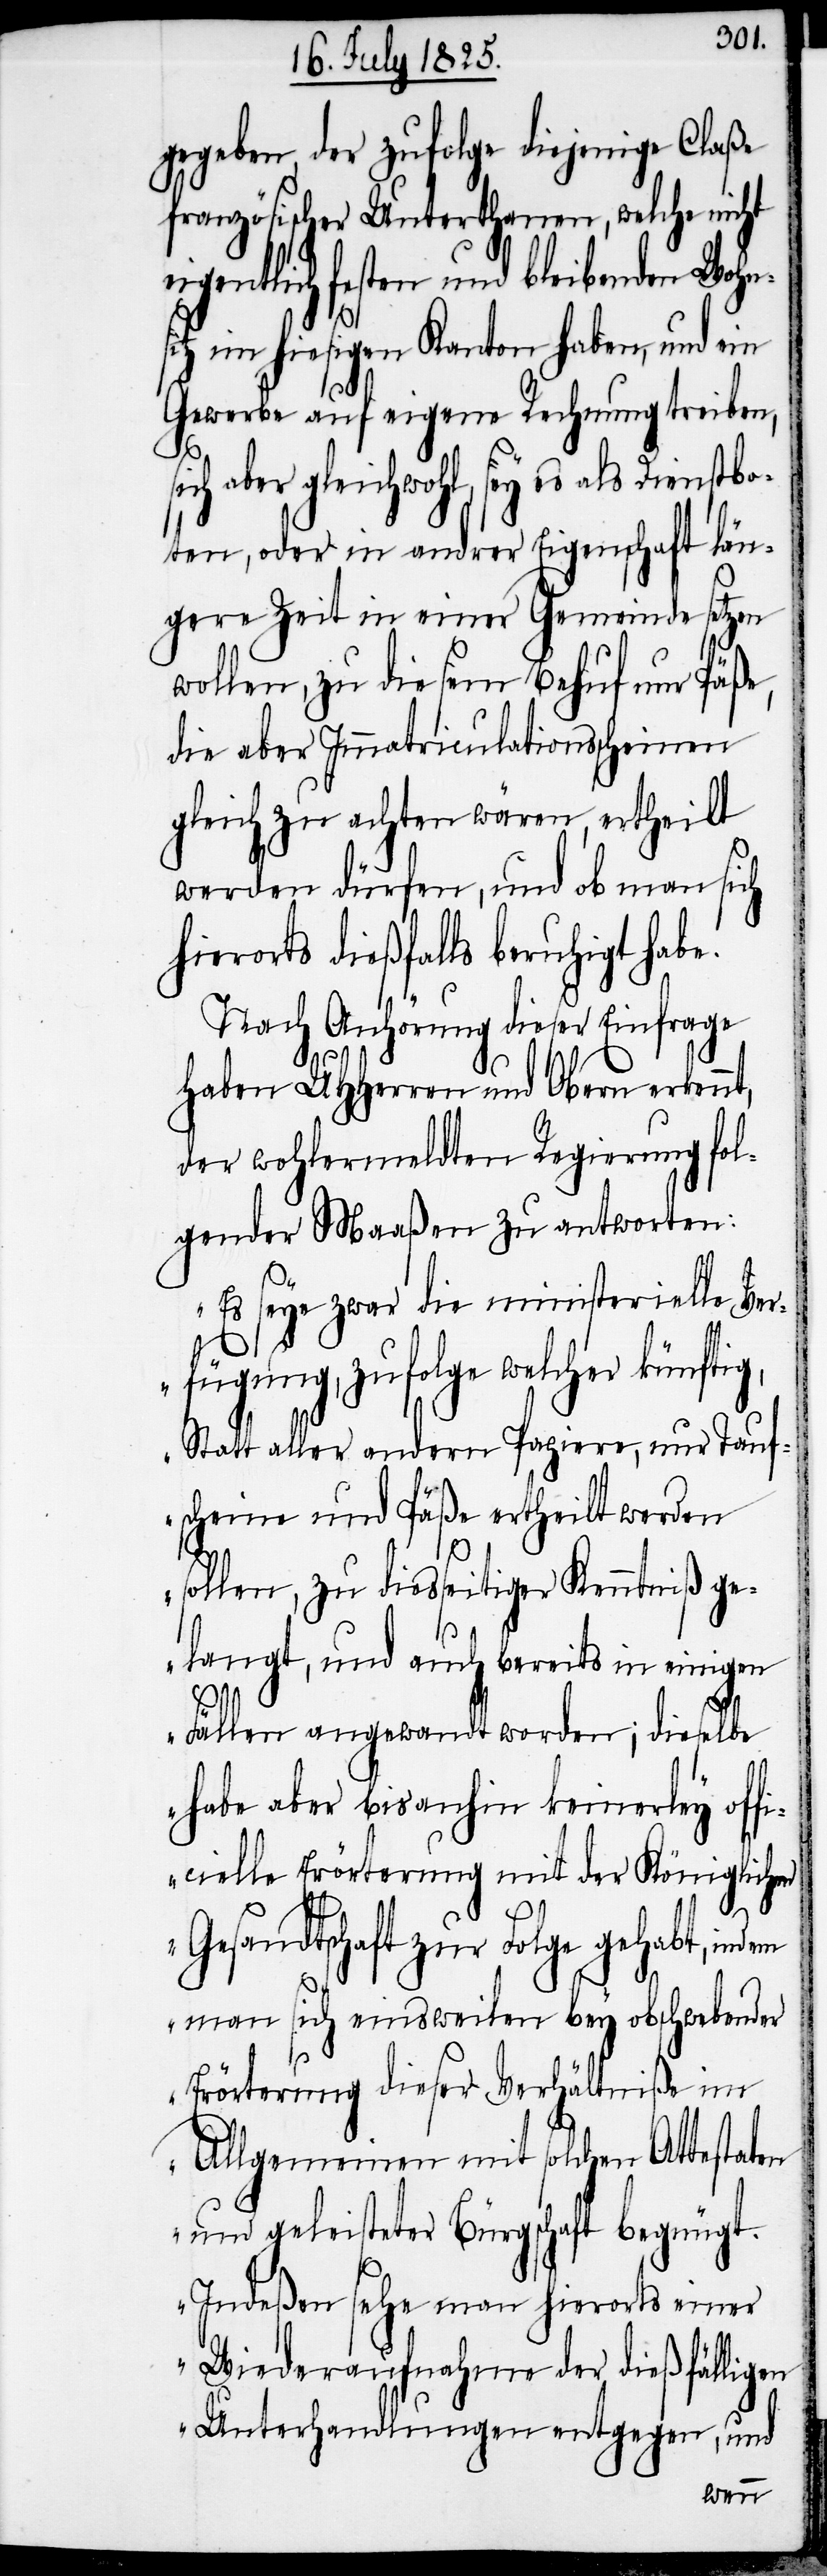
gegeben, der zufolge diejenige Claße
französischer Unterthanen, welche nicht
eigentlich festen und bleibenden Wohns¬
itz im hiesigen Kanton haben, und ein
Gewerbe auf eigene Rechnung treiben,
ch aber gleichwohl, sey es als Dienstbo¬
ten, oder in andrer Eigenschaft län¬
gere Zeit in einer Gemeinde setzen
wollen, zu diesem Behuf nur Päße,
die aber Immatriculationsscheinen
gleich zu achten wären, ertheilt
werden dürfen, und ob man sich
hierorts dießfalls beruhigt habe.
Nach Anhörung dieser Einfrage
haben UHHerren und Obern erkennt,
der wohlermeldten Regierung fol¬
gender Maaßen zu antworten:
„Es seye zwar die ministerielle Ver¬
fügung, zufolge welcher künftig,
Statt aller andern Papiere, nur Tauf¬
scheine und Päße ertheilt werden
sollen, zu diesseitiger Kenntniß ge¬
langt, und auch bereits in einigen
si¬
Fällen angewandt worden; dieselbe
habe aber bis anhin keinerley offi¬
cielle Erörterung mit der Königlichen
Gesandtschaft zur Folge gehabt, indem
man sich einsweilen bey obschwebender
Erörterung dieser Verhältniße im
Allgemeinen mit solchen Attestaten
und geleisteter Bürgschaft begnügt.
Indeßen sehe man hierorts einer
Wiederaufnahme der dießfälligen
Unterhandlungen entgegen, und